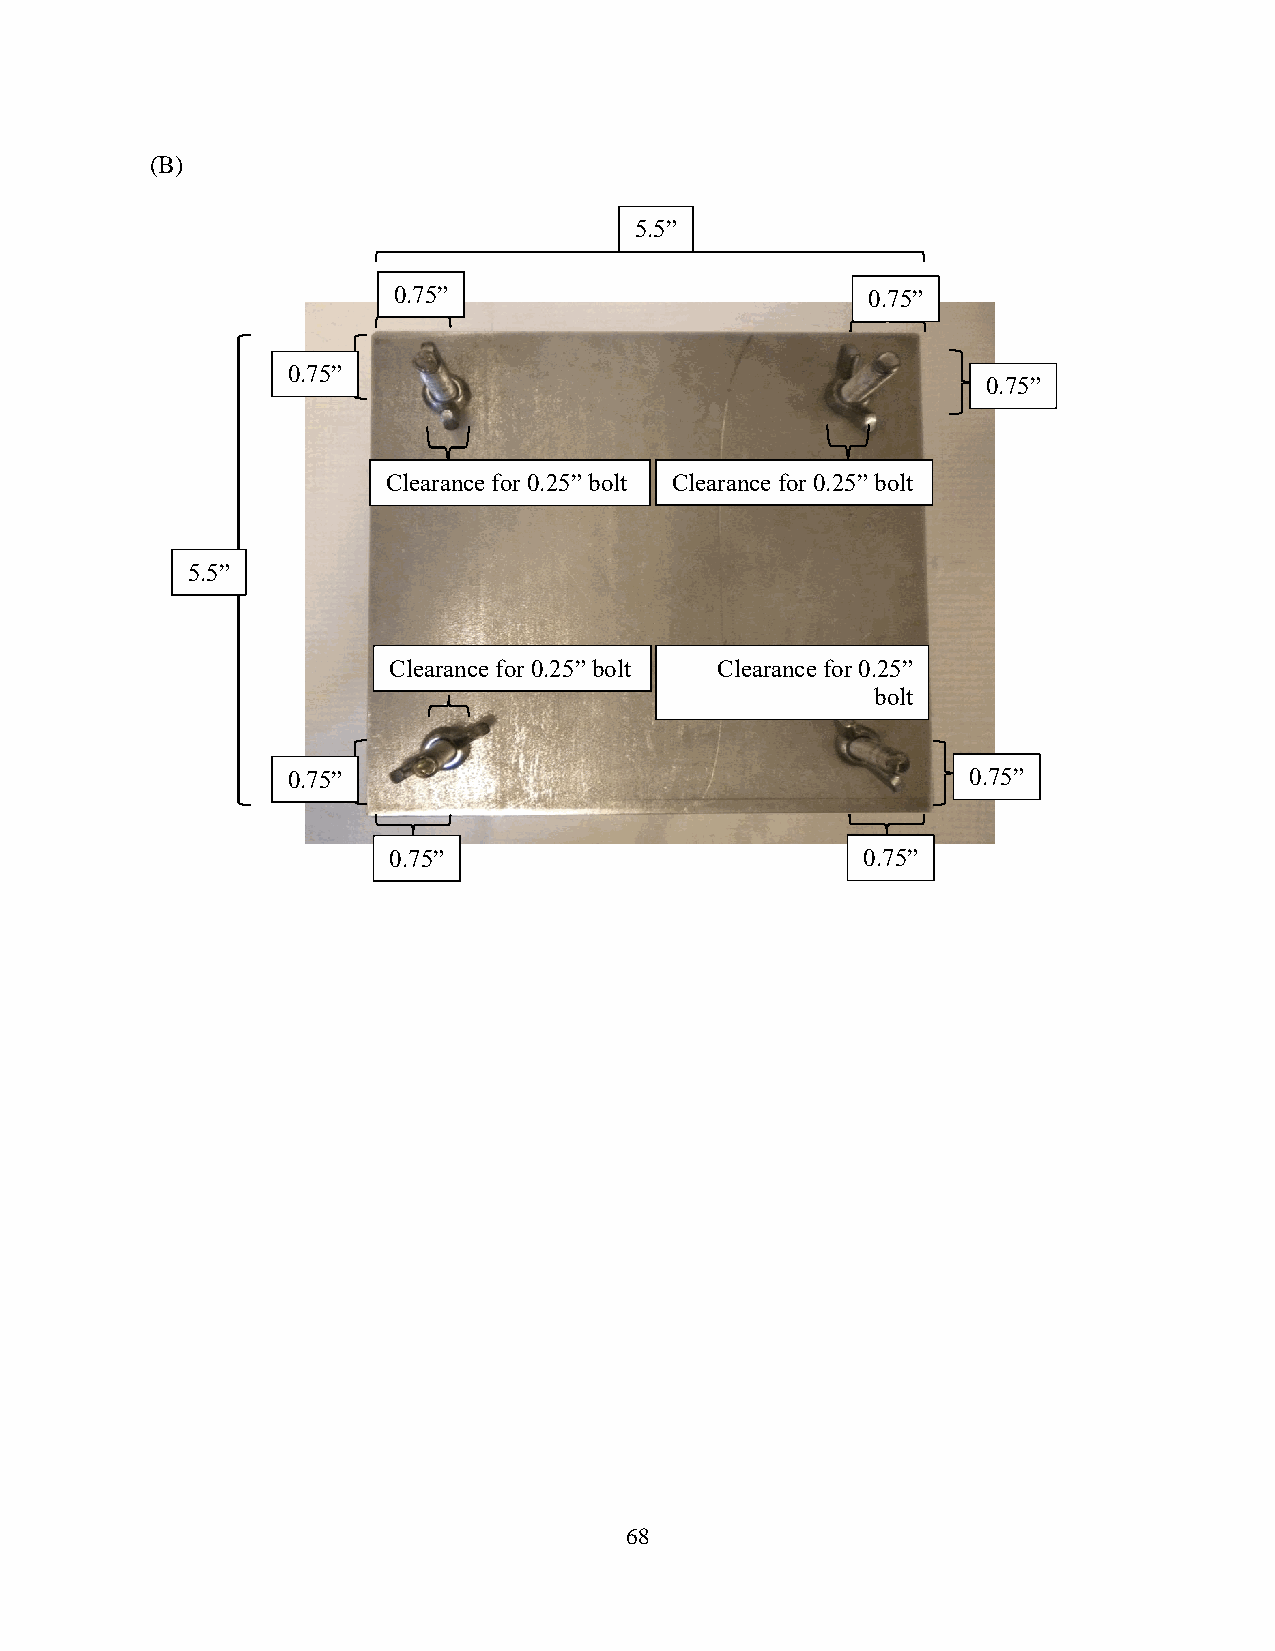
(B)
 5.5”
 0.75”                          0.75”
 0.75”
 0.75”
 Clearance for 0.25” bolt Clearance for 0.25” bolt
 5.5”
 Clearance for 0.25” bolt Clearance for 0.25”
 bolt
 0.75”                                        0.75”
 0.75”                          0.75”
 68